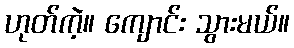
ဟုတ်ကဲ့။ ကျောင်း သွားမယ်။